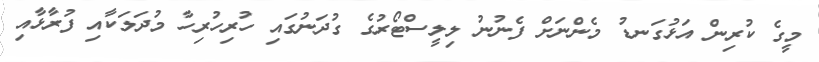
މީގެ ކުރިން އަޅުގަނޑު މެންނަށް ފެނުނު ލިލީސްޓޯރުގެ ގުދަނުގައި ހުރިހުރިހާ މުދަލަކާއި ފުރާޅާއި